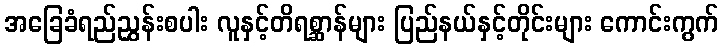
အခြေခံရည်ညွှန်းစပါး လူနှင့်တိရစ္ဆာန်များ ပြည်နယ်နှင့်တိုင်းများ ကောင်းကွက်